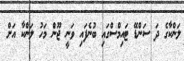
ލަންކާގެ ދަ ސަންޑޭ ޓައިމްސްގައި ބުނެފައި ވަނީ ޖޫން މަހު ލަންކާ އަށް